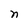
Character: n